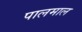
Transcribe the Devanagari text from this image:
पालमाल